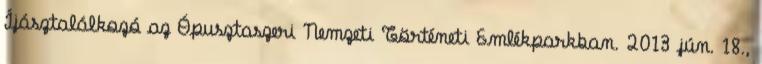
Íjásztalálkozó az Ópusztaszeri Nemzeti Történeti Emlékparkban. 2013 jún. 18.,